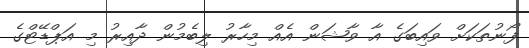
ފޯނުތަކަށް ވައިބަގެ އާ ވާޝަން އެއް މިހާރު ލިބެމުން ދާއިރު މި އަޕްޑޭޓްގެ